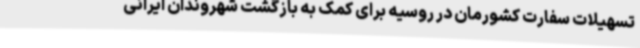
تسهیلات سفارت کشورمان در روسیه برای کمک به بازگشت شهروندان ایرانی